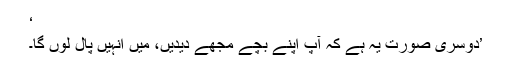
‘
’دوسری صورت یہ ہے کہ آپ اپنے بچے مجھے دیدیں، میں انہیں پال لوں گا۔